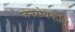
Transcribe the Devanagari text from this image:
जनसेवकाने